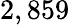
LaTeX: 2,859